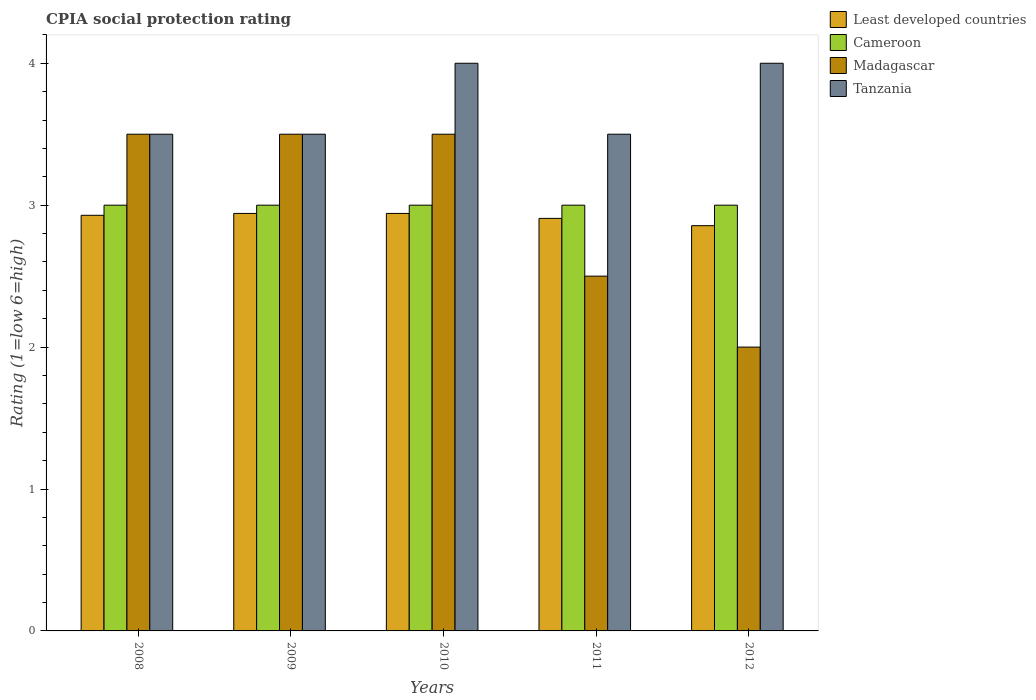
| Years | Least developed countries | Cameroon | Madagascar | Tanzania |
 | --- | --- | --- | --- | --- |
 | 2008 | 2.93 | 3 | 3.5 | 3.5 |
 | 2009 | 2.94 | 3 | 3.5 | 3.5 |
 | 2010 | 2.94 | 3 | 3.5 | 4 |
 | 2011 | 2.91 | 3 | 2.5 | 3.5 |
 | 2012 | 2.86 | 3 | 2 | 4 |